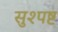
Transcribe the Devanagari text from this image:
सुश्पष्ट